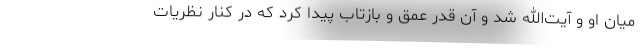
میان او و آیت‌الله شد و آن قدر عمق و بازتاب پیدا کرد که در کنار نظریات